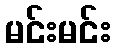
မင်းမင်း